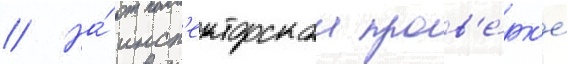
// На́ инсп'екторскои пров'е́рк'е